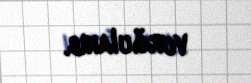
vurğulanıb.